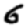
Digit: 6